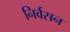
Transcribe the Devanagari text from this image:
निर्वसन